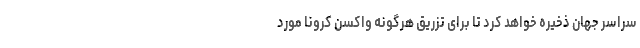
سراسر جهان ذخیره خواهد کرد تا برای تزریق هرگونه واکسن کرونا مورد